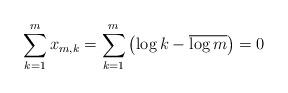
LaTeX: \begin{align*}\sum_{k=1}^m x_{m,k} = \sum_{k=1}^m \left( \log k - \overline{\log m} \right) = 0\end{align*}